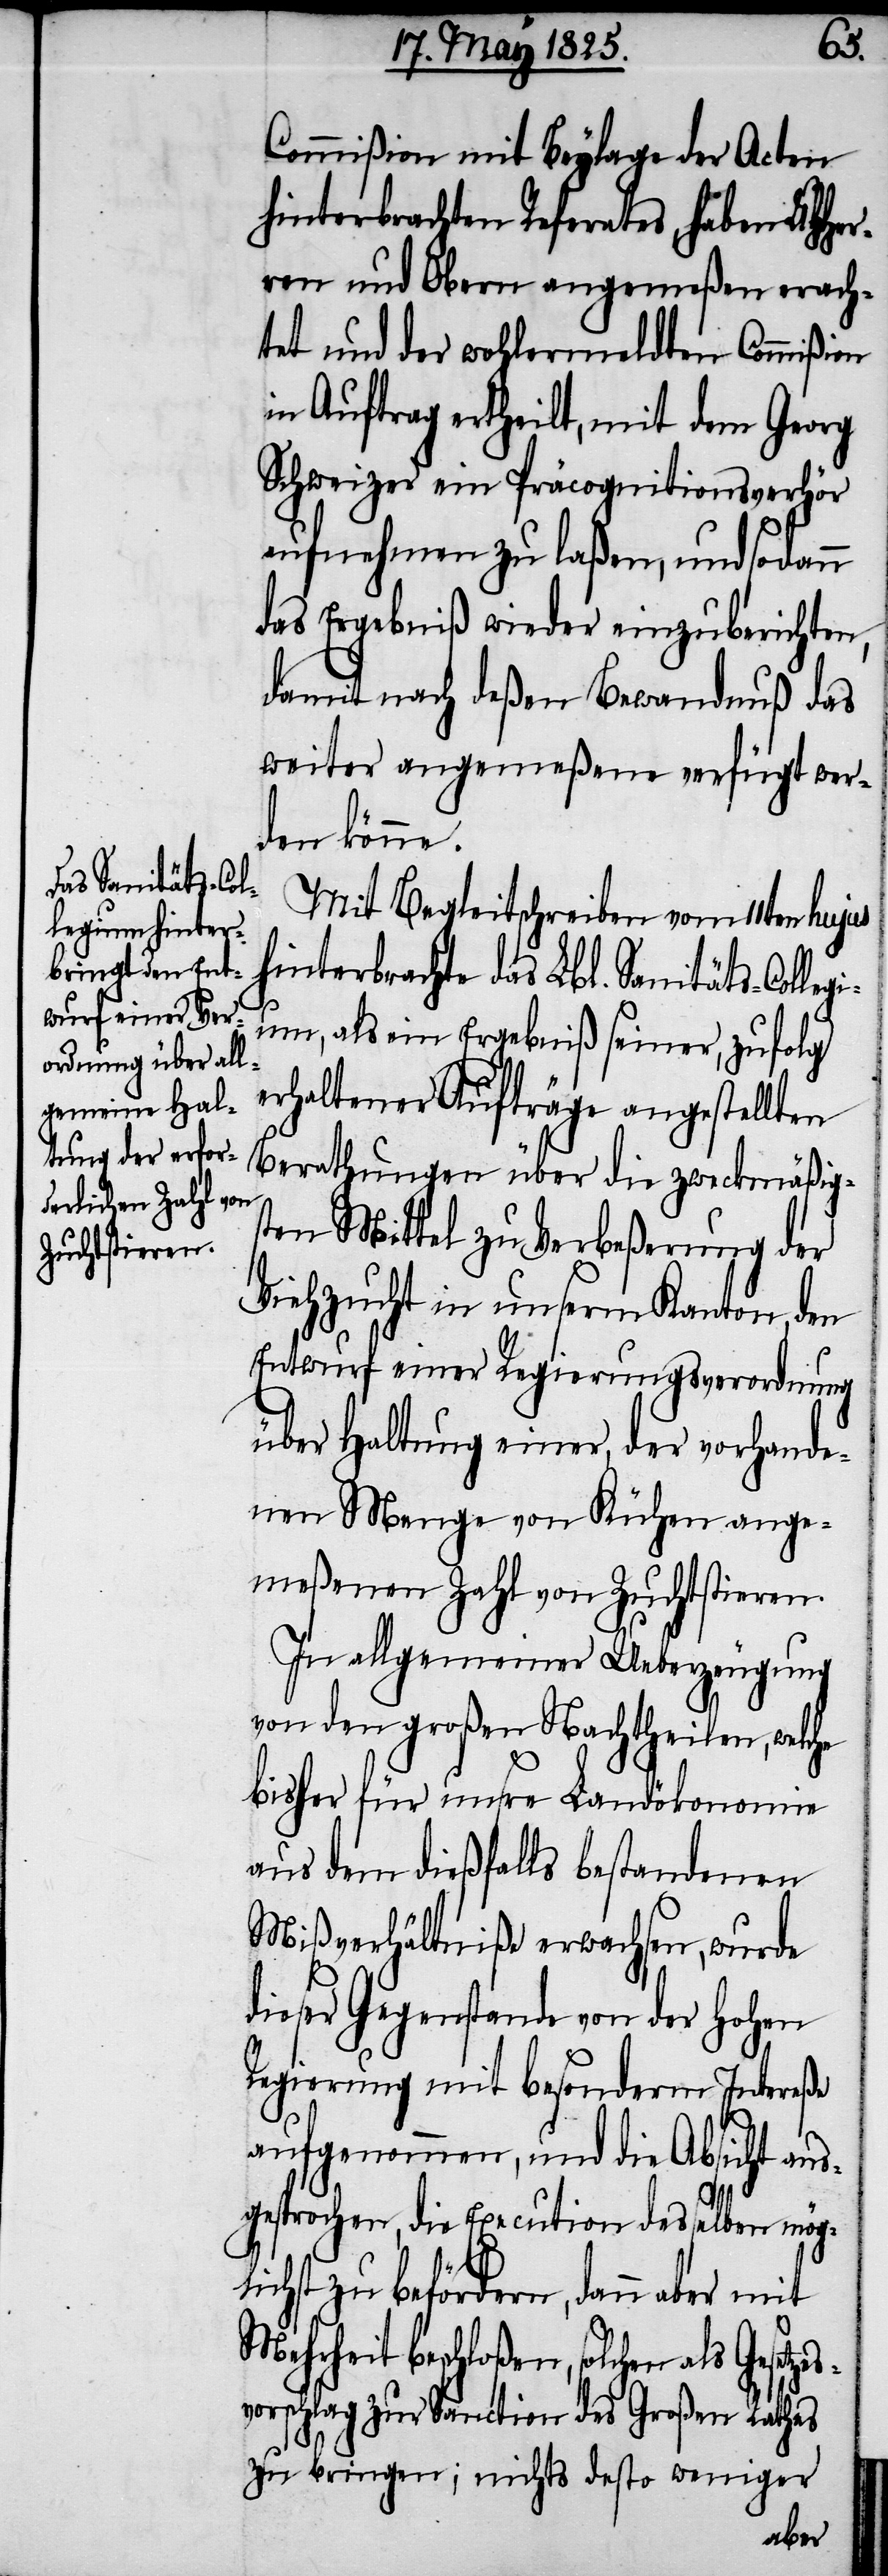
lich¬
Commißion mit Beylage der Acten
hinterbrachten Referates, haben UHHer¬
ren und Obern angemeßen erach¬
tet und der wohlermeldten Commißion
in Auftrag ertheilt, mit dem Georg
Schweizer ein Präcognitionsverhör
aufnehmen zu laßen, und sodann
das Ergebniß wieder einzuberichten,
damit nach deßen Bewandnuß das
weiter angemeßene verfügt wer¬
den könne.
Mit Begleitschreiben vom 11ten hujus
hinterbrachte das Lbl. Sanitäts-Colleg¬
ium, als ein Ergebniß seiner, zufolg
erhaltener Aufträge angestellten
Berathungen über die zweckmäßig¬
sten Mittel zu Verbeßerung der
Viehzucht in unserm Kanton, den
Entwurf einer Regierungsverordnung
über Haltung einer, der vorhande¬
nen Menge von Kühen ange¬
meßenen Zahl von Zuchtstieren.
In allgemeiner Ueberzeugung
von den großen Nachtheilen, welche
bisher für unsre Landökonomie
aus dem dießfalls bestandenen
Mißverhältniße erwachen, wurde
dieser Gegenstande von der Hohen
Regierung mit besonderm Intereße
aufgenommen, und die Absicht aus¬
gesprochen, die Execution desselben mög¬
st zu befördern, dann aber
Mehrheit beschloßen, solchen als Gesetze¬
svorschlag zur Sanction des Großen Rathes
zu bringen; nichts desto weniger